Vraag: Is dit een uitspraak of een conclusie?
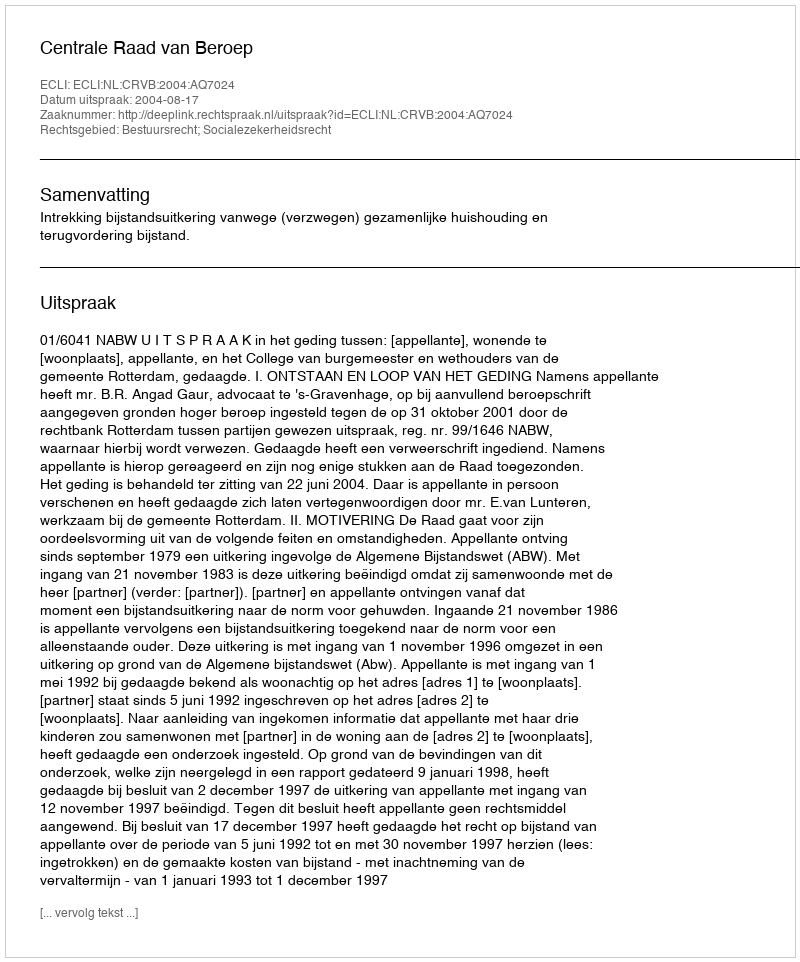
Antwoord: Uitspraak